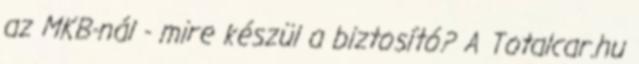
az MKB-nál - mire készül a biztosító? A Totalcar.hu